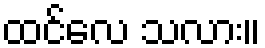
ထင်လေ သလား။